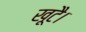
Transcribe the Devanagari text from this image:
खूटै।